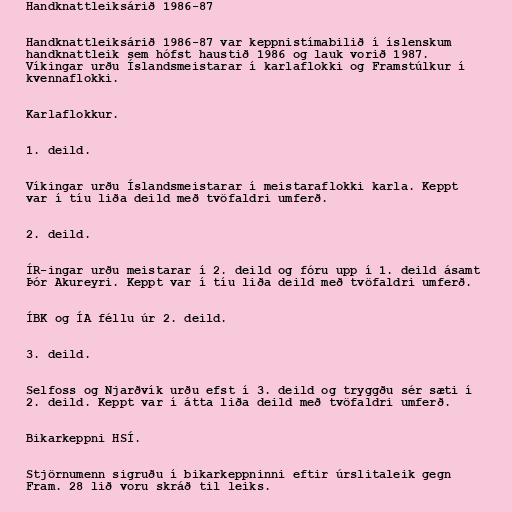
Handknattleiksárið 1986-87

Handknattleiksárið 1986-87 var keppnistímabilið í íslenskum
handknattleik sem hófst haustið 1986 og lauk vorið 1987.
Víkingar urðu Íslandsmeistarar í karlaflokki og Framstúlkur í
kvennaflokki.

Karlaflokkur.

1. deild.

Víkingar urðu Íslandsmeistarar í meistaraflokki karla. Keppt
var í tíu liða deild með tvöfaldri umferð.

2. deild.

ÍR-ingar urðu meistarar í 2. deild og fóru upp í 1. deild ásamt
Þór Akureyri. Keppt var í tíu liða deild með tvöfaldri umferð.

ÍBK og ÍA féllu úr 2. deild.

3. deild.

Selfoss og Njarðvík urðu efst í 3. deild og tryggðu sér sæti í
2. deild. Keppt var í átta liða deild með tvöfaldri umferð.

Bikarkeppni HSÍ.

Stjörnumenn sigruðu í bikarkeppninni eftir úrslitaleik gegn
Fram. 28 lið voru skráð til leiks.